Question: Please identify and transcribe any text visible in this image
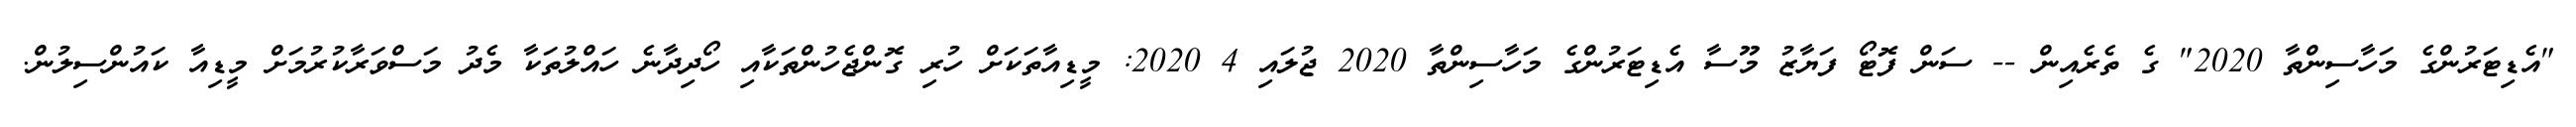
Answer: "އެޑިޓަރުންގެ މަހާސިންތާ 2020" ގެ ތެރެއިން -- ސަން ފޮޓޯ ފަޔާޒު މޫސާ އެޑިޓަރުންގެ މަހާސިންތާ 2020 ޖުލައި 4 2020: މީޑިއާތަކަށް ހުރި ގޮންޖެހުންތަކާއި ހޯދިދާނެ ހައްލުތަކާ މެދު މަސްވަރާކުރުމަށް މީޑިއާ ކައުންސިލުން.